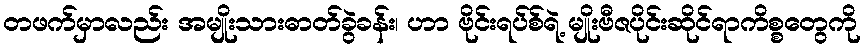
တဖက်မှာလည်း အမျိုးသားဓာတ်ခွဲခန်း၊ ဟာ ဗိုင်းရပ်စ်ရဲ့ မျိုးဗီဇပိုင်းဆိုင်ရာကိစ္စတွေကို